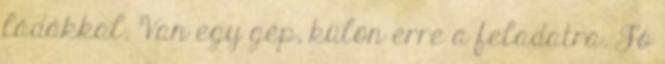
ládákkal. Van egy gép, külön erre a feladatra. Jó